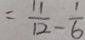
= \frac { 1 1 } { 1 2 } - \frac { 1 } { 6 }